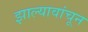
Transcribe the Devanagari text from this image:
झाल्यावांचून